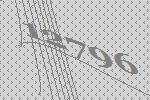
12796